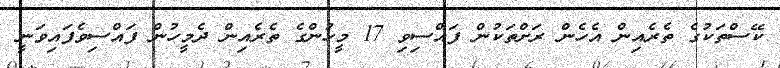
ކޭސްތަކުގެ ތެރެއިން އެހެން ރަށްތަކުން ފައްސިވި 17 މީހުންގެ ތެރެއިން ދެމީހުން ފައްސިވެފައިވަނީ